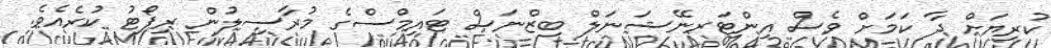
ކުރިޔަށް ދާ ކަމަށް ވެސް އިންޓަރނޭޝަނަލް ބިޒްނަސް ޓައިމްސްގެ މުރާސިލުން ރިޕޯޓު ކުރެއެވެ.